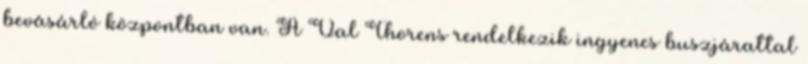
bevásárló központban van. A Val Thorens rendelkezik ingyenes buszjárattal